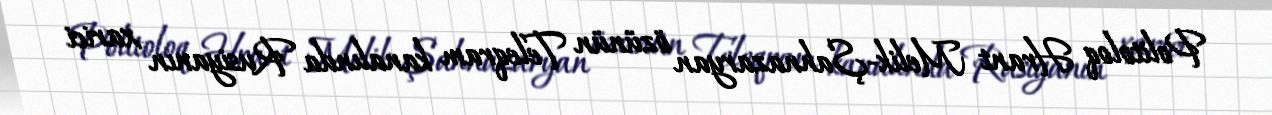
Politoloq Hrant Melik-Şahnazaryan özünün Teleqram kanalında Rusiyanın xarici